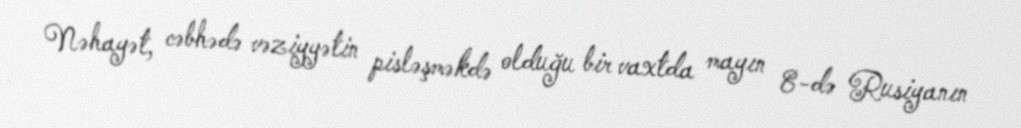
Nəhayət, cəbhədə vəziyyətin pisləşməkdə olduğu bir vaxtda mayın 8-də Rusiyanın